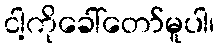
ငါ့ကိုခေါ်တော်မူပါ၊